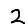
Digit: 2